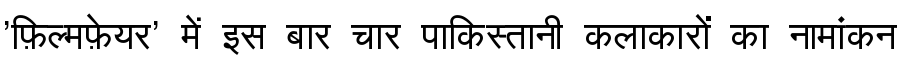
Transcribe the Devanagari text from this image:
'फ़िल्मफ़ेयर' में इस बार चार पाकिस्तानी कलाकारों का नामांकन